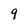
Character: 9